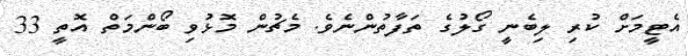
އެޓީމަށް ކުރި ލިބެނީ ގޯލުގެ ތަފާތުންނެވެ. މެޗުން މޮޅުވި ބޯންމަތް އޮތީ 33